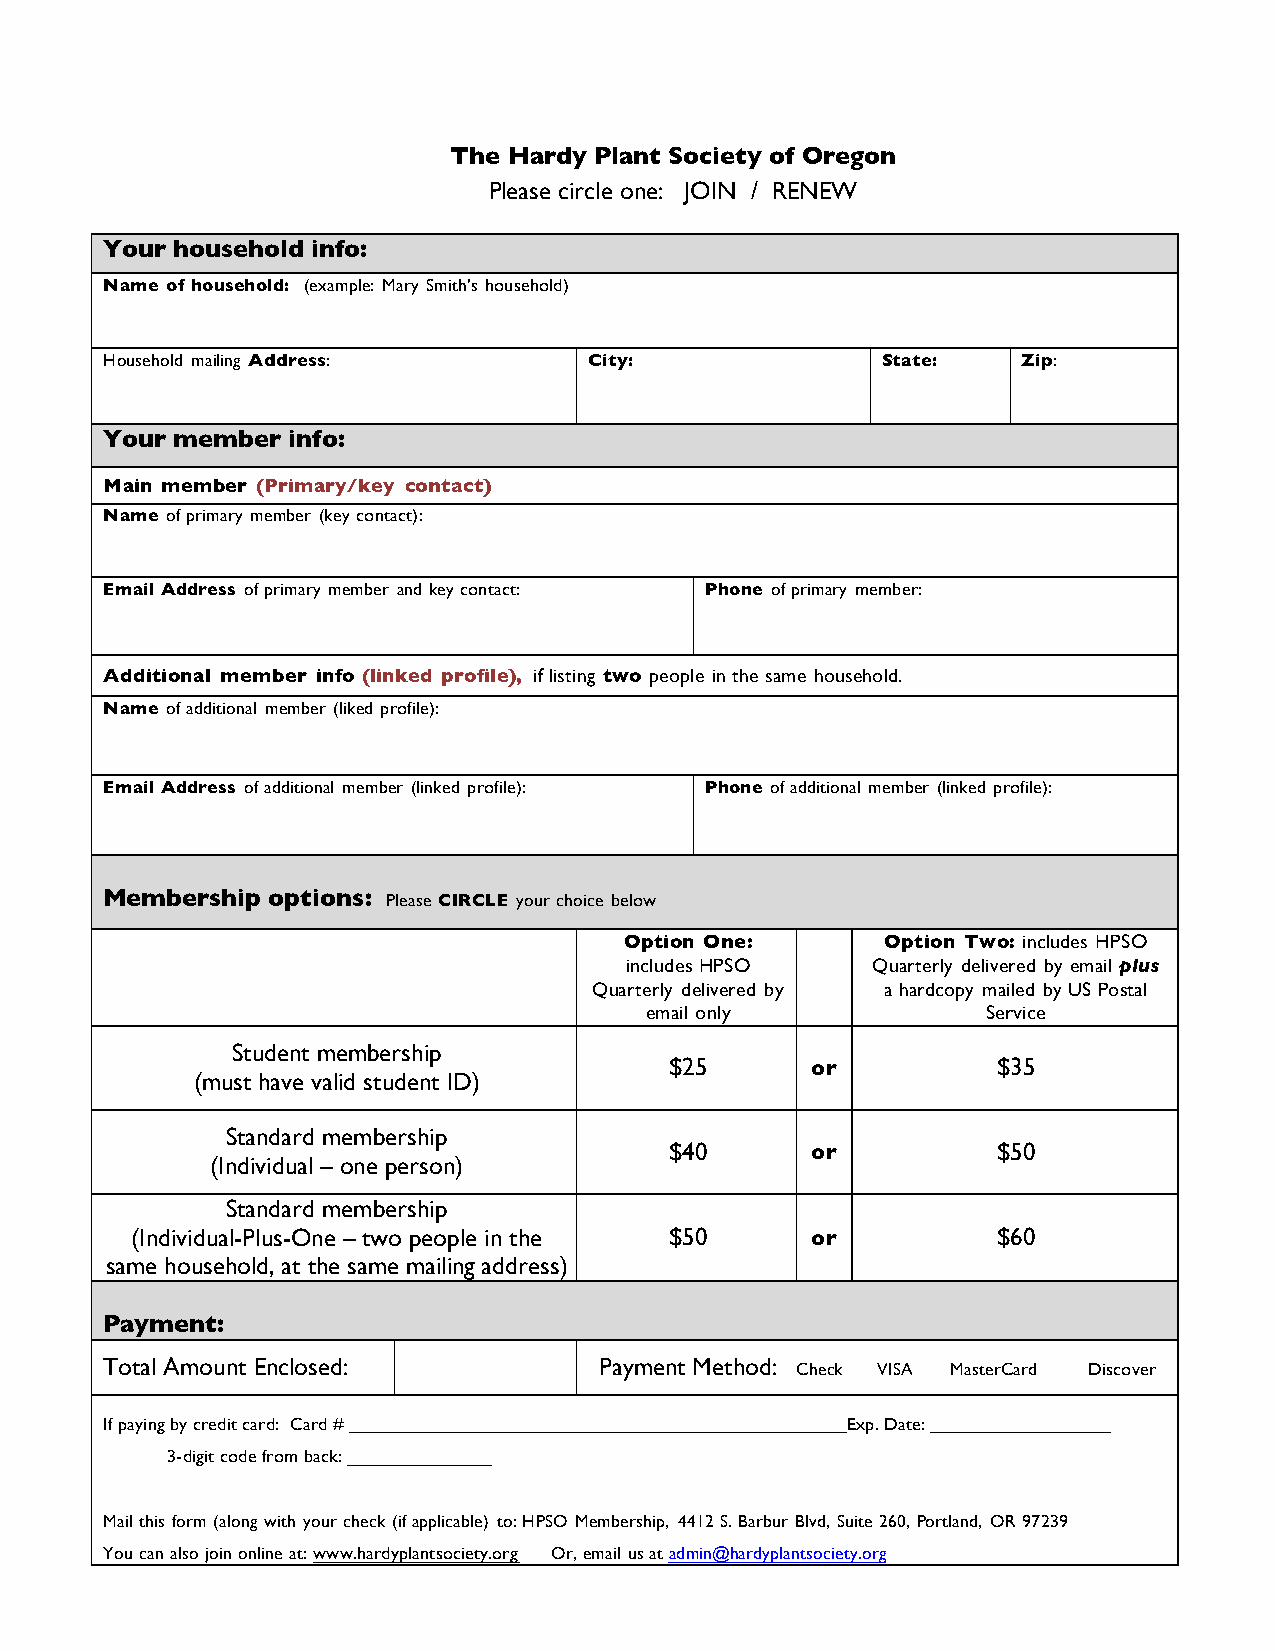
The Hardy Plant Society of Oregon
 Please circle one: JOIN / RENEW
 Your household info:
 Name of household: (example: Mary Smith’s household)
 Household mailing Address:      City:              State:    Zip:
 Your member info:
 Main member (Primary/key contact)
 Name of primary member (key contact):
 Email Address of primary member and key contact: Phone of primary member:
 Additional member info (linked profile), if listing two people in the same household.
 Name of additional member (liked profile):
 Email Address of additional member (linked profile): Phone of additional member (linked profile):
 Membership options: Please CIRCLE your choice below
 Option One:       Option Two: includes HPSO
 includes HPSO    Quarterly delivered by email plus
 Quarterly delivered by a hardcopy mailed by US Postal
 email only            Service
 Student membership
 $25       or          $35
 (must have valid student ID)
 Standard membership
 $40       or          $50
 (Individual – one person)
 Standard membership
 (Individual-Plus-One – two people in the $50 or          $60
 same household, at the same mailing address)
 Payment:
 Total Amount Enclosed:           Payment Method: Check VISA MasterCard Discover
 If paying by credit card: Card #                 Exp. Date:
 3-digit code from back:
 Mail this form (along with your check (if applicable) to: HPSO Membership, 4412 S. Barbur Blvd, Suite 260, Portland, OR 97239
 You can also join online at: www.hardyplantsociety.org Or, email us at admin@hardyplantsociety.org